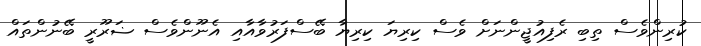
ކުރިންވެސް ތިބި ރެފިއުޖީންނަށް ވެސް ކިރިޔަ ކިރިޔާ ބޭސްފަރުވާއާއި އެނޫންވެސް ޟަރޫރީ ބޭނުންތައް